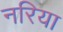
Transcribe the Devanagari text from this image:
नरिया